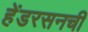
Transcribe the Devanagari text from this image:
हेंडरसनची